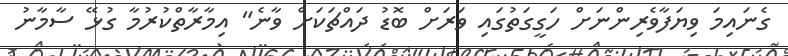
ގެނައިމަ ވިޔަފާވެރިންނަށް ހަގީގަތުގައި ވަރަށް ބޮޑު ދައްޗަކަށް ވާނެ" އިމާރާތްކުރުމާ ގުޅޭ ސާމާނު